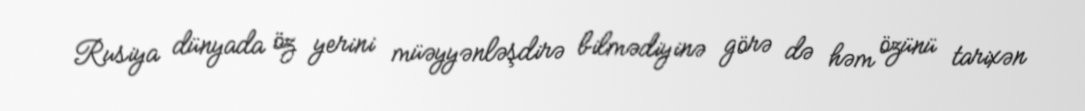
Rusiya dünyada öz yerini müəyyənləşdirə bilmədiyinə görə də həm özünü tarixən